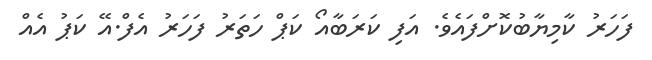
ފަހަރު ކާމިޔާބުކޮށްފައެވެ. އަފި ކަރަބާއޯ ކަޕް ހަތަރު ފަހަރު އެފް.އޭ ކަޕު އެއް